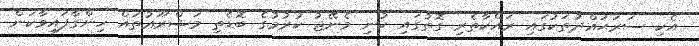
އެކި ސަރަޙައްދުތަކުގައި ރައްކާތެރި ގޮތުގައި ކުނި މެނޭޖު ކުރުމުގެ ބޮޑެތި މަޝްރޫޢުތައް ހިންގާފައިވާކަން